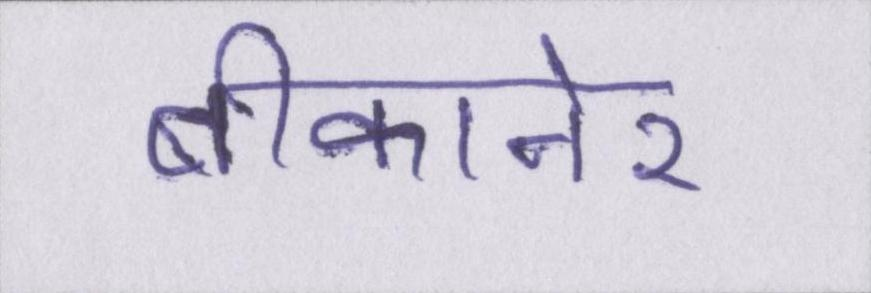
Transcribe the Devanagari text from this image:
बीकानेर